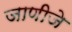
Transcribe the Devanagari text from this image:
जाणीजे